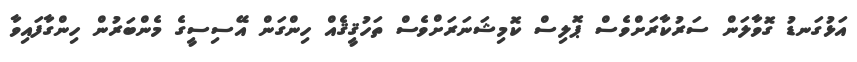
އަޅުގަނޑު ގޮވާލަން ސަރުކާރަށްވެސް ޕޮލިސް ކޮމިޝަނަރަށްވެސް ތަހުޤީޤެއް ހިންގަން އޭސިސީގެ މެންބަރުން ހިންގާފައިވާ